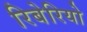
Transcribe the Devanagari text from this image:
रिबेरियो